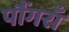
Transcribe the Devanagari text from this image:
पौंगराँ